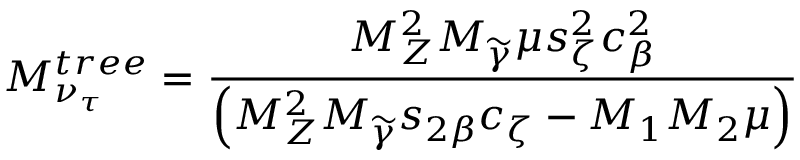
M _ { \nu _ { \tau } } ^ { t r e e } = \frac { M _ { Z } ^ { 2 } M _ { \widetilde { \gamma } } \mu s _ { \zeta } ^ { 2 } c _ { \beta } ^ { 2 } } { \left( M _ { Z } ^ { 2 } M _ { \widetilde { \gamma } } s _ { 2 \beta } c _ { \zeta } - M _ { 1 } M _ { 2 } \mu \right) }